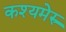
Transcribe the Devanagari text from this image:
कश्यमेरु